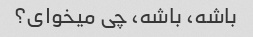
باشه، باشه، چی میخوای؟